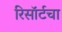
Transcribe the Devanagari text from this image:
रिसॉर्टचा